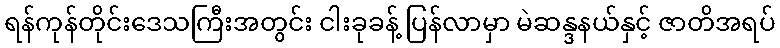
ရန်ကုန်တိုင်းဒေသကြီးအတွင်း ငါးခုခန့် ပြန်လာမှာ မဲဆန္ဒနယ်နှင့် ဇာတိအရပ်